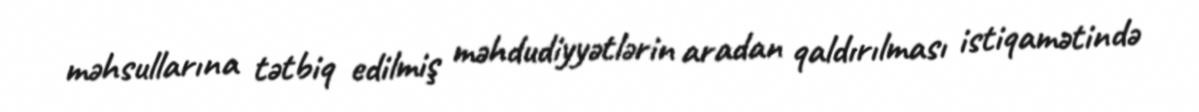
məhsullarına tətbiq edilmiş məhdudiyyətlərin aradan qaldırılması istiqamətində